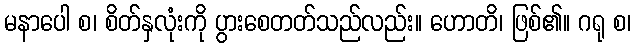
မနာပေါ စ၊ စိတ်နှလုံးကို ပွားစေတတ်သည်လည်း။ ဟောတိ၊ ဖြစ်၏။ ဂရု စ၊